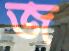
জ